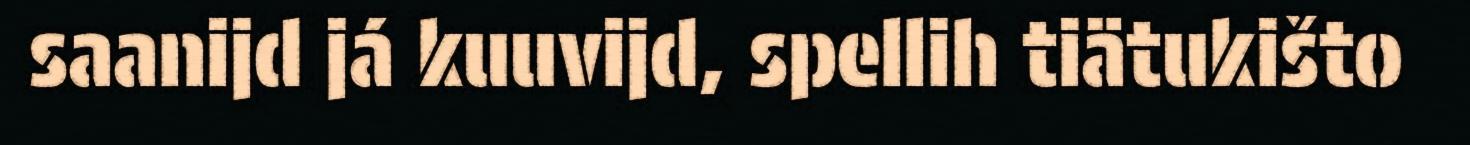
saanijd já kuuvijd, spellih tiätukišto